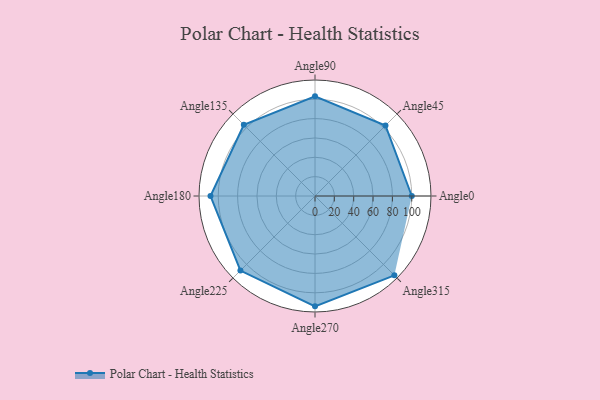
{"axis": {"x": "Angle", "y": "Radius"}, "legend": [""], "data": [{"x": "Angle0", "y": 100.0, "type": ""}, {"x": "Angle45", "y": 103.0, "type": ""}, {"x": "Angle90", "y": 103.0, "type": ""}, {"x": "Angle135", "y": 104.0, "type": ""}, {"x": "Angle180", "y": 108.0, "type": ""}, {"x": "Angle225", "y": 109.0, "type": ""}, {"x": "Angle270", "y": 114.0, "type": ""}, {"x": "Angle315", "y": 116.0, "type": ""}]}